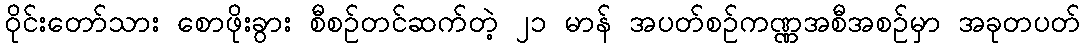
ဝိုင်းတော်သား စောဖိုးခွား စီစဉ်တင်ဆက်တဲ့ ၂၁ မာန် အပတ်စဉ်ကဏ္ဏအစီအစဉ်မှာ အခုတပတ်